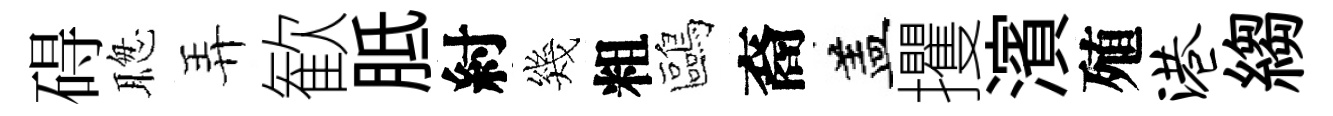
碍聦弄歓胝紂幾粗鷗裔盖攫濱殖港縐